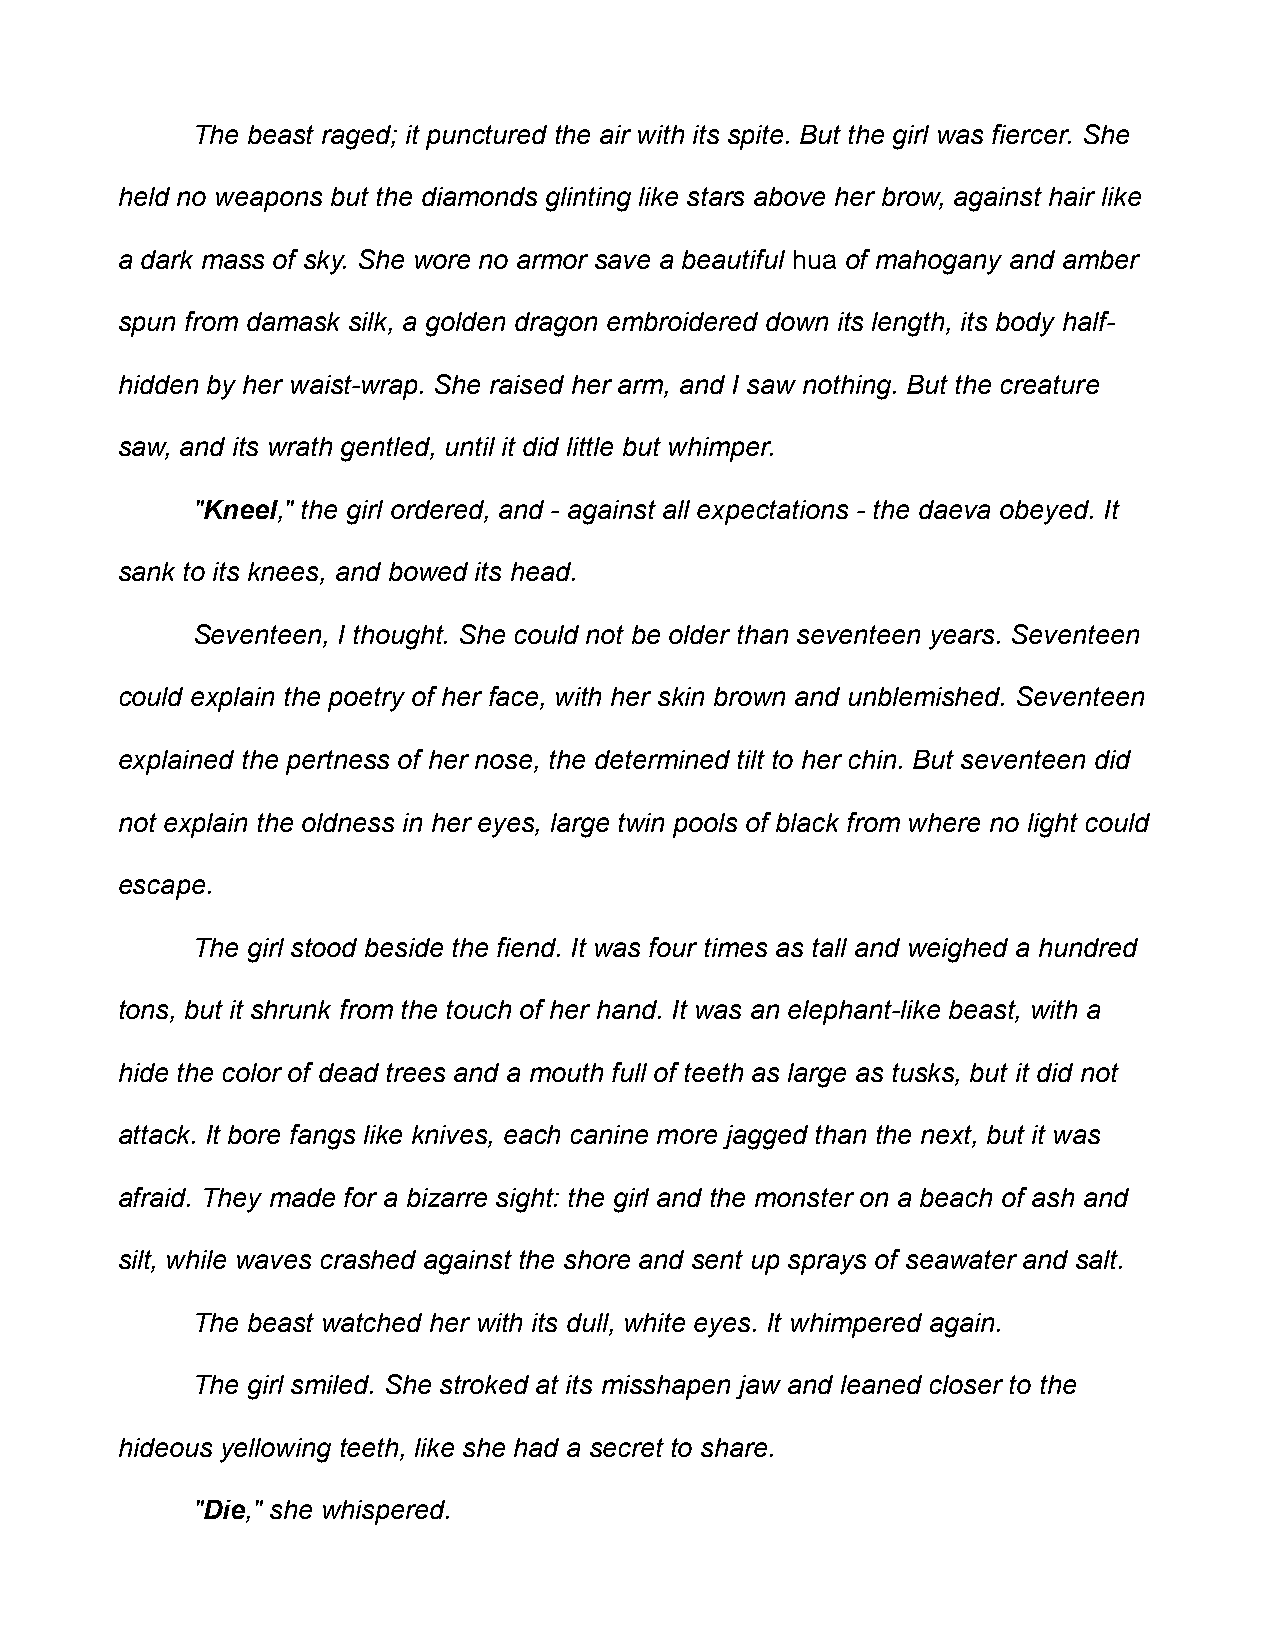
The beast raged; it punctured the air with its spite. But the girl was fiercer. She
 held no weapons but the diamonds glinting like stars above her brow, against hair like
 a dark mass of sky. She wore no armor save a beautiful hua of mahogany and amber
 spun from damask silk, a golden dragon embroidered down its length, its body half-
 hidden by her waist-wrap. She raised her arm, and I saw nothing. But the creature
 saw, and its wrath gentled, until it did little but whimper.
 "Kneel," the girl ordered, and - against all expectations - the daeva obeyed. It
 sank to its knees, and bowed its head.
 Seventeen, I thought. She could not be older than seventeen years. Seventeen
 could explain the poetry of her face, with her skin brown and unblemished. Seventeen
 explained the pertness of her nose, the determined tilt to her chin. But seventeen did
 not explain the oldness in her eyes, large twin pools of black from where no light could
 escape.
 The girl stood beside the fiend. It was four times as tall and weighed a hundred
 tons, but it shrunk from the touch of her hand. It was an elephant-like beast, with a
 hide the color of dead trees and a mouth full of teeth as large as tusks, but it did not
 attack. It bore fangs like knives, each canine more jagged than the next, but it was
 afraid. They made for a bizarre sight: the girl and the monster on a beach of ash and
 silt, while waves crashed against the shore and sent up sprays of seawater and salt.
 The beast watched her with its dull, white eyes. It whimpered again.
 The girl smiled. She stroked at its misshapen jaw and leaned closer to the
 hideous yellowing teeth, like she had a secret to share.
 "Die," she whispered.